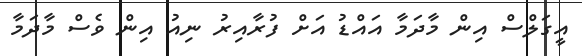
އީގަލްސް އިން މާދަމާ އައްޑު އަށް ފުރާއިރު ނިއު އިން ވެސް މާދަމާ